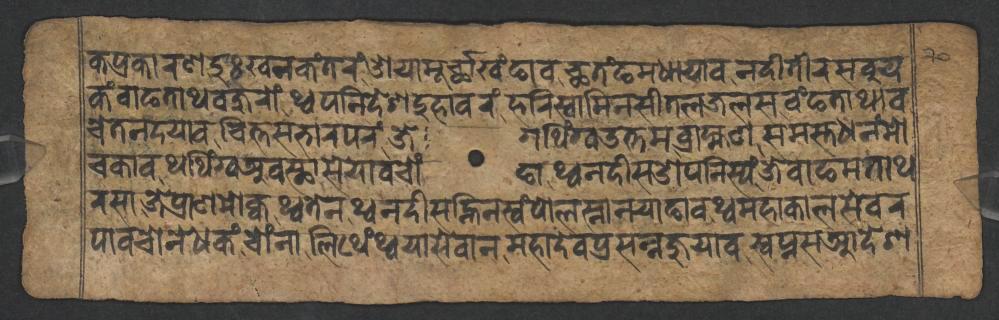
𑐎𑐥𑑂𑐬𑐎𑐵𑐬𑐞𑐡𑐸𑑅𑐏𑐣𑐎𑑄𑐟𑐬𑑄𑐌𑐫𑐵𑐩𑐹𑐬𑑂𑐕𑐵𑐏𑑄𑐒𑐵𑐰𑐕𑐟𑑄𑐒𑐩𑐢𑐵𑐫𑐵𑐰𑐣𑐡𑐷𑐟𑐷𑐬𑐳𑐧𑐸𑐫 𑐎𑑄𑐰𑐵𑐒𑐟𑐵𑐠𑐰𑐖𑐸𑐬𑑀𑑄𑐠𑑂𑐰𑐥𑐣𑐶𑐡𑐾𑐱𑐡𑐸𑐴𑐵𑐰𑐬𑑄𑐴𑐬𑐶𑐳𑑂𑐰𑐵𑐩𑐶𑐣𑐳𑐷𑐟𑐮𑐖𑐮𑐳𑐰𑑄𑐒𑐟𑐵𑐠𑐵𑐰 𑐔𑐾𑐟𑐣𑐡𑐫𑐵𑐰𑐔𑐶𑐟𑑂𑐟𑐳𑐨𑐵𑐬𑐥𑐬𑑄𑐖𑐾𑐐𑐠𑐶𑑄𑐐𑑂𑐰𑑁𑐟𑑂𑐟𑐩𑐧𑑂𑐬𑐵𑐴𑑂𑐩𑐞𑐳𑐩𑐳𑑂𑐟𑐢𑐣𑑄𑐩𑑀 𑐔𑐎𑐵𑐰𑐠𑐠𑐶𑑄𑐐𑑂𑐰𑐀𑐰𑐳𑑂𑐠𑐵𑐳𑑀𑐫𑐵𑐰𑐔𑑀𑑄𑐒𑐵𑐠𑑂𑐰𑐣𑐡𑐷𑐳𑐌𑐥𑐣𑐶𑐳𑑂𑐫𑑄𑐖𑐾𑐰𑐵𑐒𑐩𑐟𑐵𑐠 𑐬𑐳𑐵𑐖𑐾𑐥𑑂𑐬𑐵𑐞𑐩𑑀𑐎𑑂𑐰𑐠𑑂𑐰𑐟𑐾𑐣𑐠𑑂𑐰𑐣𑐡𑐷𑐳𑐣𑑂𑐴𑐶𑐣𑐳𑑂𑐰𑑄𑐥𑑀𑐮𑐳𑑂𑐣𑐵𑐣𑐫𑐵𑐒𑐵𑐰𑐠𑑂𑐰𑐩𑐴𑐵𑐎𑐵𑐮𑐳𑐾𑐰𑐬 𑐥𑐵𑐰𑐔𑑀𑐣𑐾𑐢𑐎𑑄𑐔𑑀𑑄𑐣𑐵𑐮𑐶𑐠𑐾𑑄𑐠𑑂𑐰𑐫𑐵𑐳𑐾𑐰𑐵𑐣𑐩𑐴𑐵𑐡𑐾𑐰𑐥𑑂𑐬𑐳𑐣𑑂𑐣𑐖𑐸𑐫𑐵𑐰𑐳𑑂𑐰𑐥𑑂𑐣𑐳𑐁𑐡𑐾𑐱